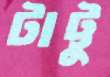
টাট্টু